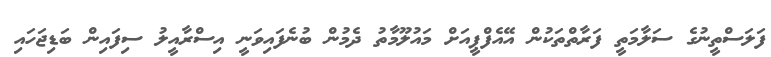
ފަލަސްތީނުގެ ސަލާމަތީ ފަރާތްތަކުން އޭއެފްޕީއަށް މައުލޫމާތު ދެމުން ބުނެފައިވަނީ އިސްރާއީލު ސިފައިން ބަޑިޖަހައި